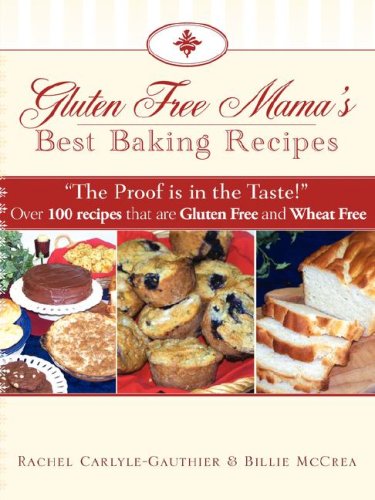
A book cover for Gluten Free Mama's Best Baking Recipes; Rachel Carlyle-Gauthier; Cookbooks, Food & Wine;